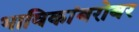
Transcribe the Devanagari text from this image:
भाविकांबरोबर